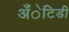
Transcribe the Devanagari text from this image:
अँेटिडी